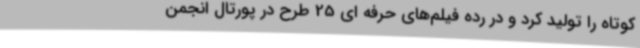
کوتاه را تولید کرد و در رده فیلم‌های حرفه ای 25 طرح در پورتال انجمن